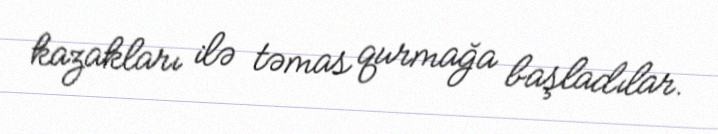
kazakları ilə təmas qurmağa başladılar.